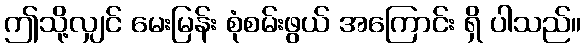
ဤသို့လျှင် မေးမြန်း စုံစမ်းဖွယ် အကြောင်း ရှိ ပါသည်။